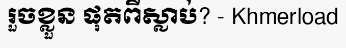
រួចខ្លួន ផុតពីស្លាប់? - Khmerload